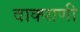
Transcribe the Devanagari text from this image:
वाक्पाणी